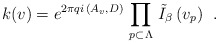
\begin{align*}\left. k(v) = e^{2 \pi q i \, \left( A_{v}, D \right)} \, \prod_{p \subset \Lambda}\, \tilde{I}_{\beta} \, (v_{p}) \right. \ .\end{align*}